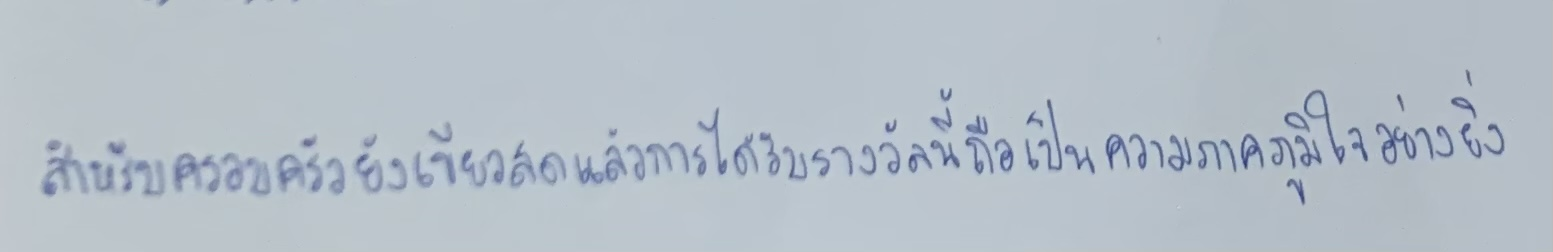
สำหรับครอบครัวยังเขียวสดแล้วการได้รับรางวัลนี้ถือเป็นความภาคภูมิใจอย่างยิ่ง